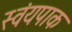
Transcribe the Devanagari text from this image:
स्वंयपाक